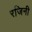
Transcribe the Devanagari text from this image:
रजिनी